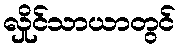
လှိုင်သာယာတွင်